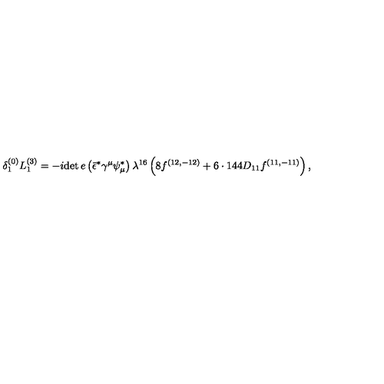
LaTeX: { \delta _ { 1 } ^ { ( 0 ) } L _ { 1 } ^ { ( 3 ) } = - i { \det e } \left( \bar { \epsilon } ^ { * } \gamma ^ { \mu } \psi _ { \mu } ^ { * } \right) \lambda ^ { 1 6 } \left( 8 f ^ { ( 1 2 , - 1 2 ) } + 6 \cdot 1 4 4 D _ { 1 1 } f ^ { ( 1 1 , - 1 1 ) } \right) , }